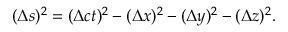
( \Delta s ) ^ { 2 } = ( \Delta c t ) ^ { 2 } - ( \Delta x ) ^ { 2 } - ( \Delta y ) ^ { 2 } - ( \Delta z ) ^ { 2 } .